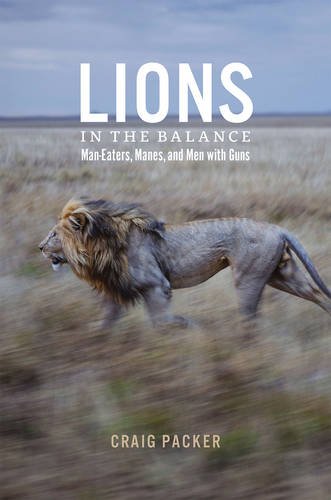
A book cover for Lions in the Balance: Man-Eaters, Manes, and Men with Guns; Craig Packer; Science & Math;